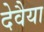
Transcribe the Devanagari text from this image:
देवैया